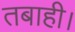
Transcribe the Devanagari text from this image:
तबाही।